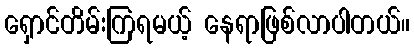
ရှောင်တိမ်းကြရမယ့် နေရာဖြစ်လာပါတယ်။